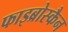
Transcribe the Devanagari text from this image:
फाइब्रोस्कैन